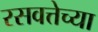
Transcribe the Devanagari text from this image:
रसवत्तेच्या